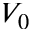
V _ { 0 }